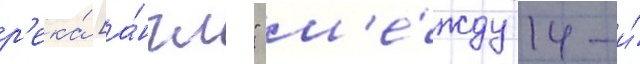
р'ека́ [а́нгл." м'е́жду 14-и́